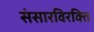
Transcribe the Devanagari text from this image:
संसारविरक्ति